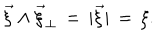
\vec { \xi } \wedge \vec { \xi } _ { \perp } \, = \, | \vec { \xi } | \, = \, \xi .